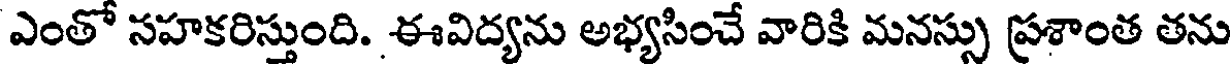
ఎంతో సహకరిస్తుంది. ఈవిద్యను అభ్యసించే వారికి మనస్సు ప్రశాంత తను